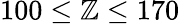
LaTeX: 100\leq\mathbb{Z}\leq170